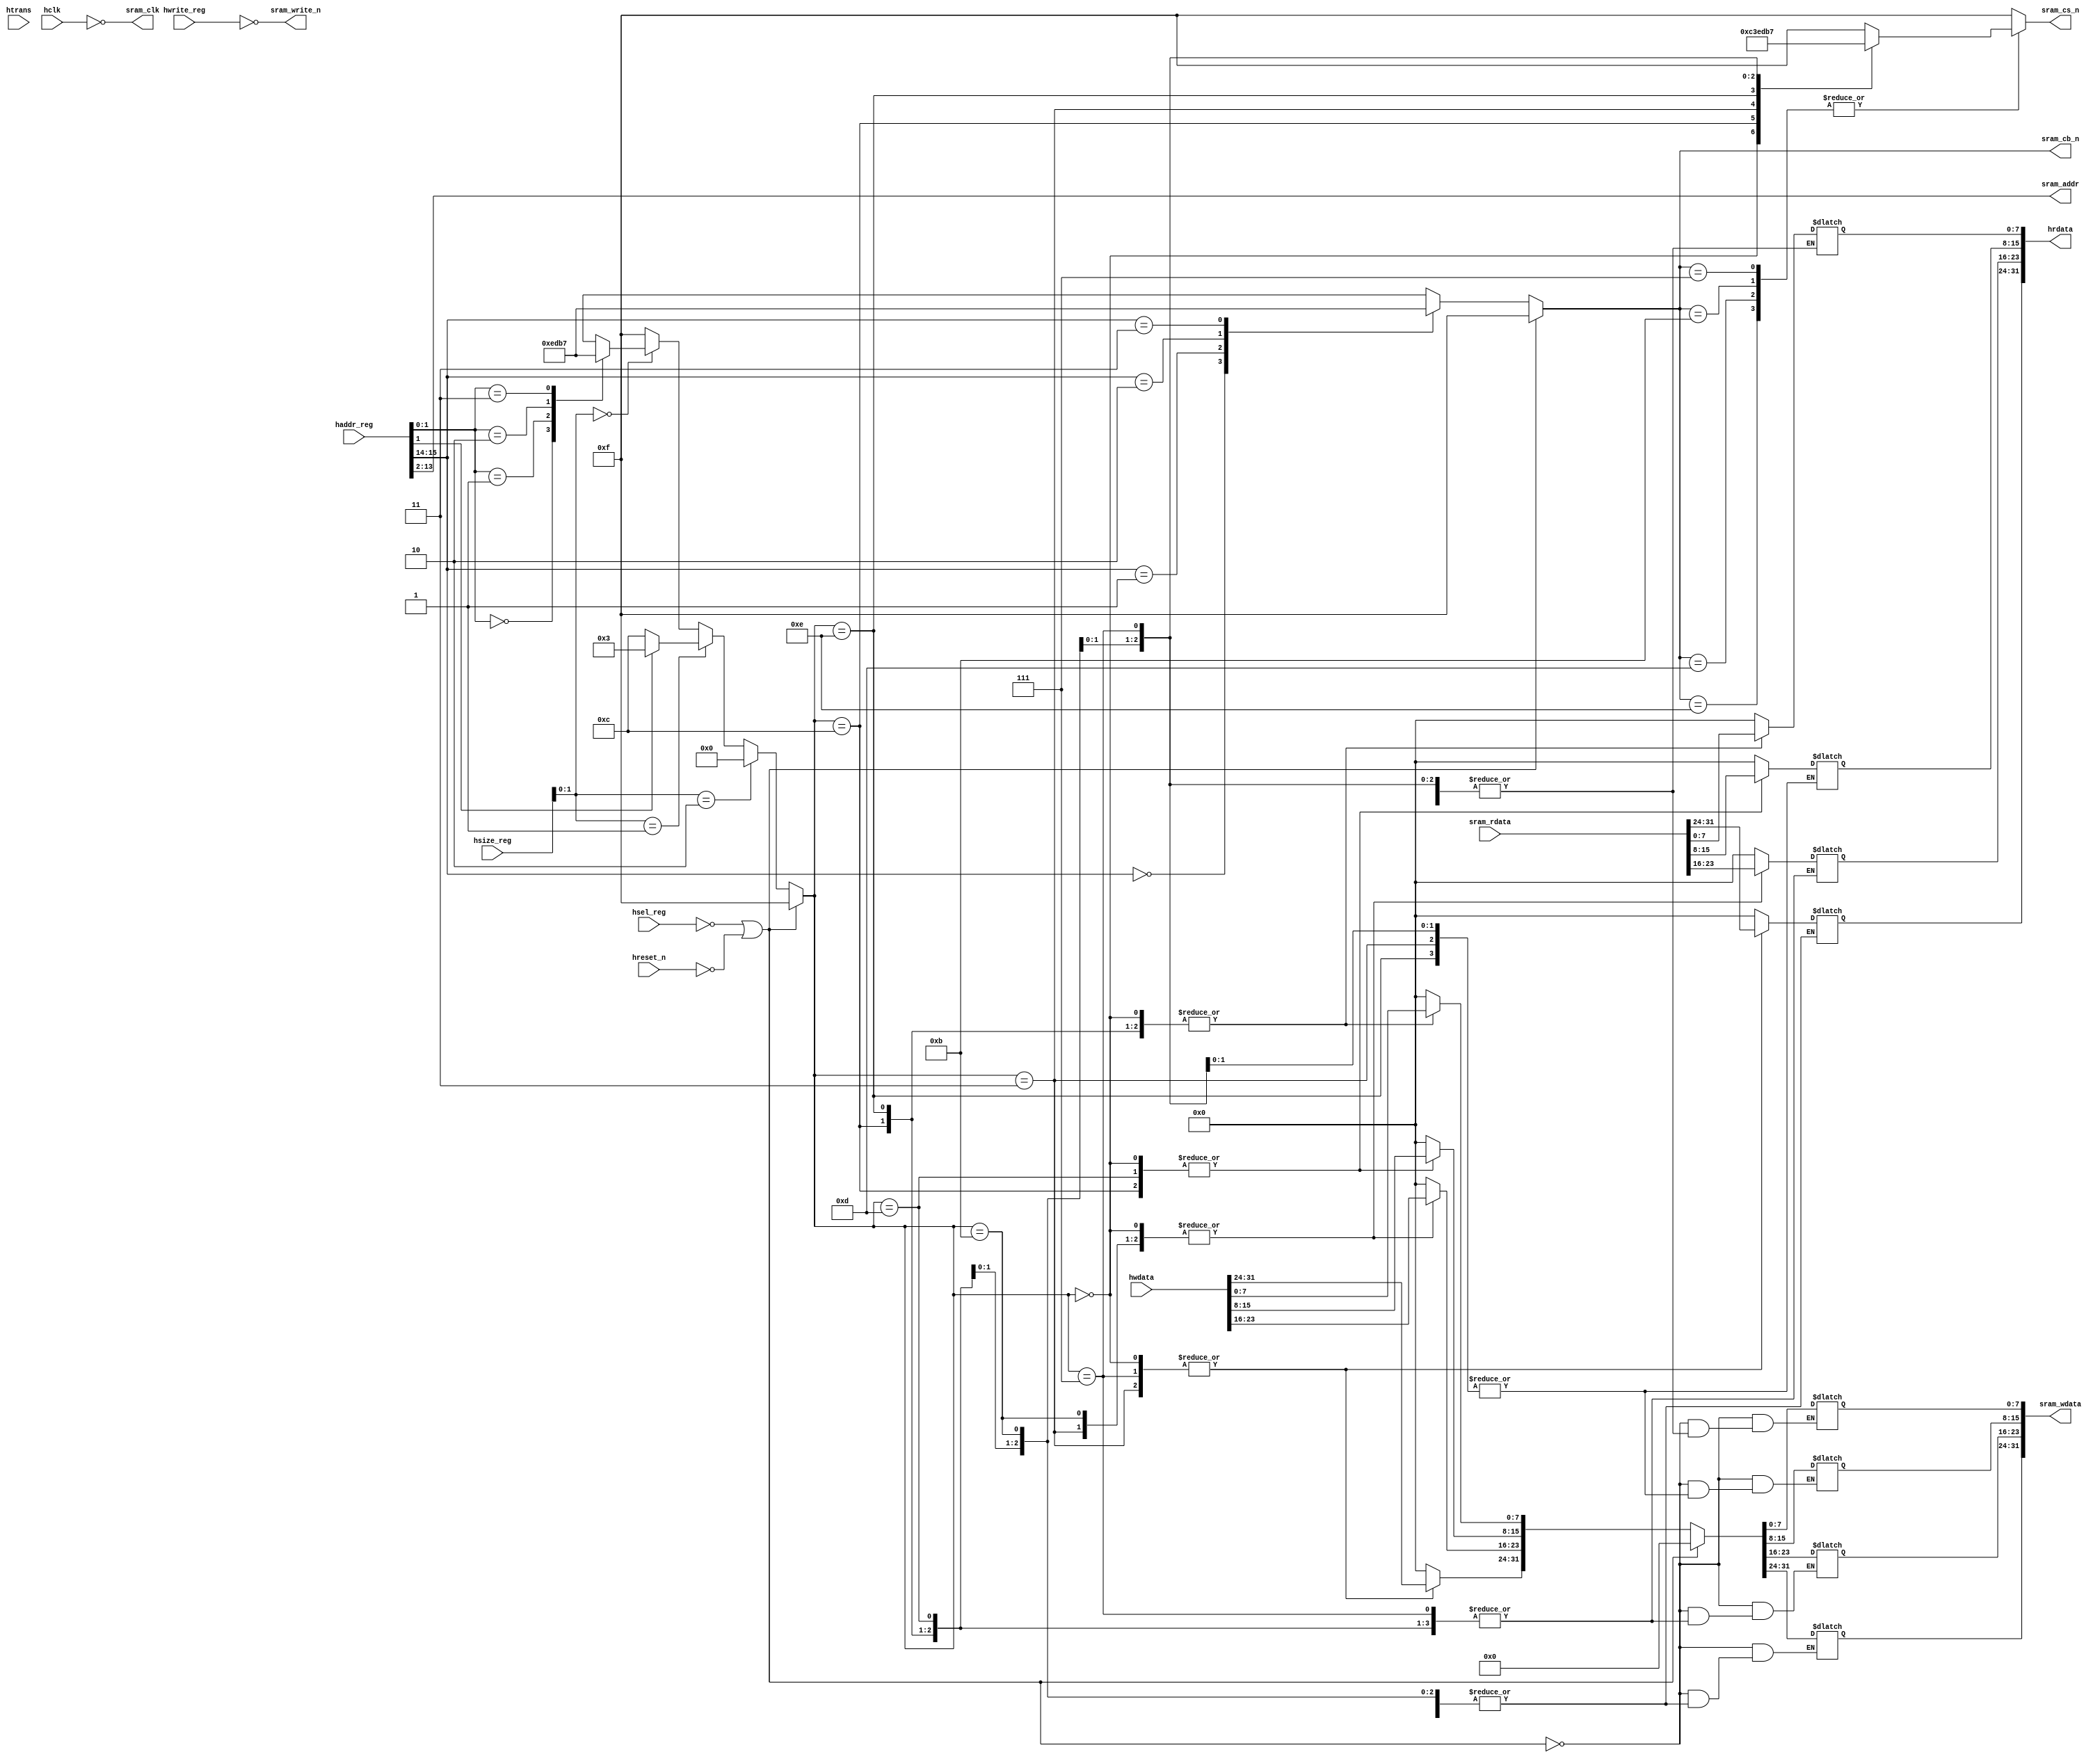

module sramc_cs (
   // AHB Bus Signal
   hclk,   
   hreset_n,
   hsel_reg,
   hwrite_reg,  
   hsize_reg,   
   haddr_reg,   
   hwdata,  
   hrdata,  
   htrans,
		   
   // SRAM signal
   sram_clk,    //SRAM_CLK
   sram_cb_n,   //SRAM_BANK_SELECTION
   sram_cs_n,   //SRAM_CHIP_SELECTION
   sram_write_n,//SRAM_WEN
   sram_addr,   //SRAM_A
   sram_wdata,  //SRAM_D
   sram_rdata   //SRAM_Q
   );
   
// -- define AHB Bus Width and SRAM address width --
parameter  AHB_ADDR_WIDTH   = 32  ;
parameter  AHB_DATA_WIDTH   = 32  ;
parameter  SRAM_ADDR_WIDTH  = 12  ;
parameter  SRAM_DATA_WIDTH  = 32  ;

//-- define the SRAM bank sequence --		
parameter  SRAM_BANK0	= 2'b00 ;	
parameter  SRAM_BANK1	= 2'b01 ;
parameter  SRAM_BANK2	= 2'b10 ;	
parameter  SRAM_BANK3	= 2'b11 ;
	   
//-- define switch constants --
parameter  ON   = 1'b1 ;
parameter  OFF  = 1'b0;

//-- define the port direction --
input                          hclk         ;
input	                         hreset_n     ;
input	                         hsel_reg     ;
input			                     hwrite_reg   ;
input   [2:0]	                 hsize_reg    ;
input   [AHB_ADDR_WIDTH-1:0]   haddr_reg    ;
input   [AHB_DATA_WIDTH-1:0]   hwdata       ;
input   [1:0]				           htrans       ;
output  [AHB_DATA_WIDTH-1:0]   hrdata       ;
output			                   sram_clk     ;
output  [3:0]                  sram_cb_n	;
output	[3:0]	                 sram_cs_n    ;
output	[SRAM_ADDR_WIDTH-1:0]  sram_addr    ;
output			                   sram_write_n ;
output	[SRAM_DATA_WIDTH-1:0]  sram_wdata   ;
input	[SRAM_DATA_WIDTH-1:0]    sram_rdata   ;

// -- define the port type --
reg     [3:0]                  sram_we_n    ;    //SRAM bit width enable signal 
reg     [3:0]                  sram_cb_n    ;    //SRAM chip selection signal
reg     [3:0]                  sram_cs_n	;
reg     [SRAM_DATA_WIDTH-1:0]  sram_wdata   ;
reg     [AHB_DATA_WIDTH-1:0]   hrdata       ;

//-- SRAM bank selection logic : combinational logic --
always @ ( * )
    if (( !hsel_reg )|| (!hreset_n ))
        sram_cb_n [3:0]	=  4'b1111;
    else
        begin
        case ( haddr_reg[15:14] )
            SRAM_BANK0: sram_cb_n[3:0]	= #1 4'b 1110;
            SRAM_BANK1: sram_cb_n[3:0]	= #1 4'b 1101;	    
            SRAM_BANK2: sram_cb_n[3:0]	= #1 4'b 1011;
            SRAM_BANK3:	sram_cb_n[3:0]	= #1 4'b 0111;
        endcase	
        end

//-- data width selection logic : combitional logic--
//-- litten endian data bus --

always @ ( * )
begin
    if ( !hsel_reg || !hreset_n )
        sram_we_n[3:0]	= #1 4'b1111;
    else  
      if ( hsize_reg[1:0] == 2'b10 )
        sram_we_n[3:0]	= #1 4'b0000;	    
      else
      if ( hsize_reg[1:0] == 2'b01 )
        begin
	    if ( haddr_reg[1] == 1'b0 )
	       sram_we_n[3:0]	= #1 4'b1100;	
	    else 
	       sram_we_n[3:0]	= #1 4'b0011;	     
        end
      else
      if ( hsize_reg[1:0] == 2'b00 )
        begin
	     case ( haddr_reg[1:0] )
	        2'b00 : sram_we_n[3:0]	 = #1  4'b1110;
	        2'b01 : sram_we_n[3:0]	 = #1  4'b1101;
	        2'b10 : sram_we_n[3:0]	 = #1  4'b1011;
	        2'b11 : sram_we_n[3:0]	 = #1  4'b0111;
	     endcase
        end
      else
	      sram_we_n[3:0]	= #1 4'b1111;   
  end

//-- sram chip selection logic --
  
always @ (*)
begin
	case (sram_cb_n)
		4'b1110:
			case (sram_we_n)
				4'b0000:	sram_cs_n = 4'b0000;
				4'b1100:	sram_cs_n = 4'b1100;
				4'b0011:	sram_cs_n = 4'b0011;    
				4'b1110:	sram_cs_n = 4'b1110;
				4'b1101:	sram_cs_n = 4'b1101;
				4'b1011:	sram_cs_n = 4'b1011;
				4'b0111:	sram_cs_n = 4'b0111;
				default:	sram_cs_n = 4'b1111;
			endcase
				
		4'b1101:
			case (sram_we_n)
				4'b0000:	sram_cs_n = 4'b0000;
				4'b1100:	sram_cs_n = 4'b1100;
				4'b0011:	sram_cs_n = 4'b0011;    
				4'b1110:	sram_cs_n = 4'b1110;
				4'b1101:	sram_cs_n = 4'b1101;
				4'b1011:	sram_cs_n = 4'b1011;
				4'b0111:	sram_cs_n = 4'b0111;
				default:	sram_cs_n = 4'b1111;
			endcase
		
		4'b1011:
    		case (sram_we_n)
		  	4'b0000:	sram_cs_n = 4'b0000;
				4'b1100:	sram_cs_n = 4'b1100;
				4'b0011:	sram_cs_n = 4'b0011;    
				4'b1110:	sram_cs_n = 4'b1110;
				4'b1101:	sram_cs_n = 4'b1101;
				4'b1011:	sram_cs_n = 4'b1011;
				4'b0111:	sram_cs_n = 4'b0111;
				default:	sram_cs_n = 4'b1111;
			endcase
	
		4'b0111:
        begin
			case (sram_we_n)
		    4'b0000:	sram_cs_n = 4'b0000;
				4'b1100:	sram_cs_n = 4'b1100;
				4'b0011:	sram_cs_n = 4'b0011;    
				4'b1110:	sram_cs_n = 4'b1110;
				4'b1101:	sram_cs_n = 4'b1101;
				4'b1011:	sram_cs_n = 4'b1011;
				4'b0111:	sram_cs_n = 4'b0111;
				default:	sram_cs_n = 4'b1111;
			endcase
		end
		default: sram_cs_n = 4'b1111;
	endcase
end

//-- connect the clock to SRAM --
assign   sram_clk = ~hclk;
  
//-- change the haddr to SRAM addr : combinational logic--
assign #1 sram_addr[11:0]  =   haddr_reg[13:2];

//-- connect the write or read signal to SRAM --
assign #1 sram_write_n =  ~hwrite_reg; 
 
//-- data bus connection --
always @ ( * )
    if (( !hsel_reg) || (!hreset_n ))
        begin
             sram_wdata =  32'h0000;
        end
    else
        case ( sram_we_n )
            4'b0000: sram_wdata		 	    =   hwdata;
            4'b1100: sram_wdata[15:0]	  =   hwdata[15:0];   
            4'b0011: sram_wdata[31:16]  =   hwdata[31:16];    
            4'b1110: sram_wdata[7:0]    =   hwdata[7:0];        
            4'b1101: sram_wdata[15:8]   =   hwdata[15:8];
            4'b1011: sram_wdata[23:16]  =   hwdata[23:16];
            4'b0111: sram_wdata[31:24]  =   hwdata[31:24];
            default: sram_wdata         =   32'h0;
        endcase

always @ (*)
        case (sram_we_n )
            4'b0000: hrdata			     =  sram_rdata;
            4'b1100: hrdata[15:0]	   =  sram_rdata[15:0];
            4'b0011: hrdata[31:16]   =  sram_rdata[31:16];
            4'b1110: hrdata[7:0]     =  sram_rdata[7:0];
            4'b1101: hrdata[15:8]    =  sram_rdata[15:8];
   	        4'b1011: hrdata[23:16]   =  sram_rdata[23:16];
            4'b0111: hrdata[31:24]   =  sram_rdata[31:24];
            default: hrdata          =  32'h0;
        endcase 
		    
endmodule